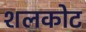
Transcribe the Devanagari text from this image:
शलकोट